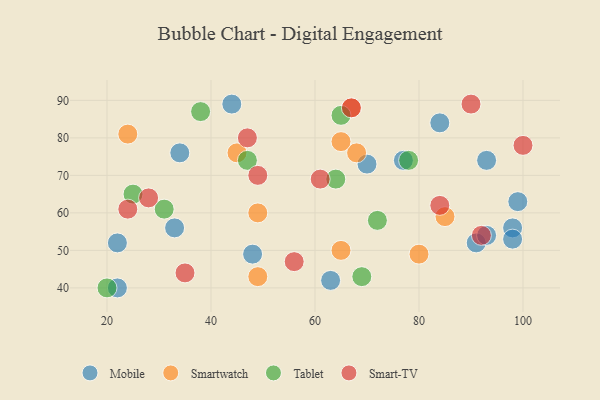
{"axis": {"x": "GDP", "y": "Life Expectancy"}, "legend": ["Mobile", "Smart-TV", "Smartwatch", "Tablet"], "data": [{"x": "91", "y": 52, "type": "Mobile"}, {"x": "44", "y": 89, "type": "Mobile"}, {"x": "33", "y": 56, "type": "Mobile"}, {"x": "34", "y": 76, "type": "Mobile"}, {"x": "93", "y": 74, "type": "Mobile"}, {"x": "77", "y": 74, "type": "Mobile"}, {"x": "22", "y": 52, "type": "Mobile"}, {"x": "48", "y": 49, "type": "Mobile"}, {"x": "84", "y": 84, "type": "Mobile"}, {"x": "98", "y": 56, "type": "Mobile"}, {"x": "70", "y": 73, "type": "Mobile"}, {"x": "98", "y": 53, "type": "Mobile"}, {"x": "93", "y": 54, "type": "Mobile"}, {"x": "99", "y": 63, "type": "Mobile"}, {"x": "22", "y": 40, "type": "Mobile"}, {"x": "63", "y": 42, "type": "Mobile"}, {"x": "85", "y": 59, "type": "Smartwatch"}, {"x": "49", "y": 60, "type": "Smartwatch"}, {"x": "68", "y": 76, "type": "Smartwatch"}, {"x": "65", "y": 50, "type": "Smartwatch"}, {"x": "24", "y": 81, "type": "Smartwatch"}, {"x": "67", "y": 88, "type": "Smartwatch"}, {"x": "65", "y": 79, "type": "Smartwatch"}, {"x": "80", "y": 49, "type": "Smartwatch"}, {"x": "49", "y": 43, "type": "Smartwatch"}, {"x": "45", "y": 76, "type": "Smartwatch"}, {"x": "72", "y": 58, "type": "Tablet"}, {"x": "38", "y": 87, "type": "Tablet"}, {"x": "69", "y": 43, "type": "Tablet"}, {"x": "31", "y": 61, "type": "Tablet"}, {"x": "65", "y": 86, "type": "Tablet"}, {"x": "78", "y": 74, "type": "Tablet"}, {"x": "47", "y": 74, "type": "Tablet"}, {"x": "64", "y": 69, "type": "Tablet"}, {"x": "25", "y": 65, "type": "Tablet"}, {"x": "20", "y": 40, "type": "Tablet"}, {"x": "67", "y": 88, "type": "Smart-TV"}, {"x": "84", "y": 62, "type": "Smart-TV"}, {"x": "47", "y": 80, "type": "Smart-TV"}, {"x": "92", "y": 54, "type": "Smart-TV"}, {"x": "28", "y": 64, "type": "Smart-TV"}, {"x": "56", "y": 47, "type": "Smart-TV"}, {"x": "24", "y": 61, "type": "Smart-TV"}, {"x": "35", "y": 44, "type": "Smart-TV"}, {"x": "49", "y": 70, "type": "Smart-TV"}, {"x": "90", "y": 89, "type": "Smart-TV"}, {"x": "100", "y": 78, "type": "Smart-TV"}, {"x": "61", "y": 69, "type": "Smart-TV"}]}